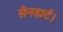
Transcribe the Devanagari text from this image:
सेनडार्ट।